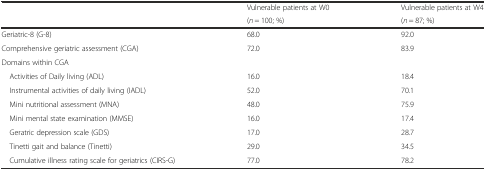
<table><thead><tr><td></td><td><b>Vulnerable patients at W0</b></td><td><b>Vulnerable patients at W4</b></td></tr><tr><td></td><td><b>(<i>n</i> = 100; %)</b></td><td><b>(<i>n</i> = 87; %)</b></td></tr></thead><tbody><tr><td>Geriatric-8 (G-8)</td><td>68.0</td><td>92.0</td></tr><tr><td>Comprehensive geriatric assessment (CGA)</td><td>72.0</td><td>83.9</td></tr><tr><td>Domains within CGA</td><td></td><td></td></tr><tr><td> Activities of Daily living (ADL)</td><td>16.0</td><td>18.4</td></tr><tr><td> Instrumental activities of daily living (IADL)</td><td>52.0</td><td>70.1</td></tr><tr><td> Mini nutritional assessment (MNA)</td><td>48.0</td><td>75.9</td></tr><tr><td> Mini mental state examination (MMSE)</td><td>16.0</td><td>17.4</td></tr><tr><td> Geratric depression scale (GDS)</td><td>17.0</td><td>28.7</td></tr><tr><td> Tinetti gait and balance (Tinetti)</td><td>29.0</td><td>34.5</td></tr><tr><td> Cumulative illness rating scale for geriatrics (CIRS-G)</td><td>77.0</td><td>78.2</td></tr></tbody></table>